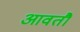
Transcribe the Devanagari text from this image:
आवतौ